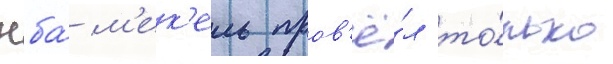
нба́ м'ек'ель пров'ё́л то́лько